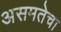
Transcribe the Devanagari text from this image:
असमतेचा